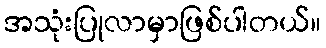
အသုံးပြုလာမှာဖြစ်ပါတယ်။